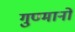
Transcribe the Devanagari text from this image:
गुण्मानों